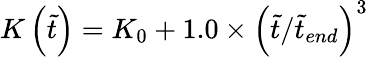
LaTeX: K\left(\tilde{t}\right)=K_{0}+1.0\times\left(\tilde{t}/\tilde{t}_{end}\right)^{3}